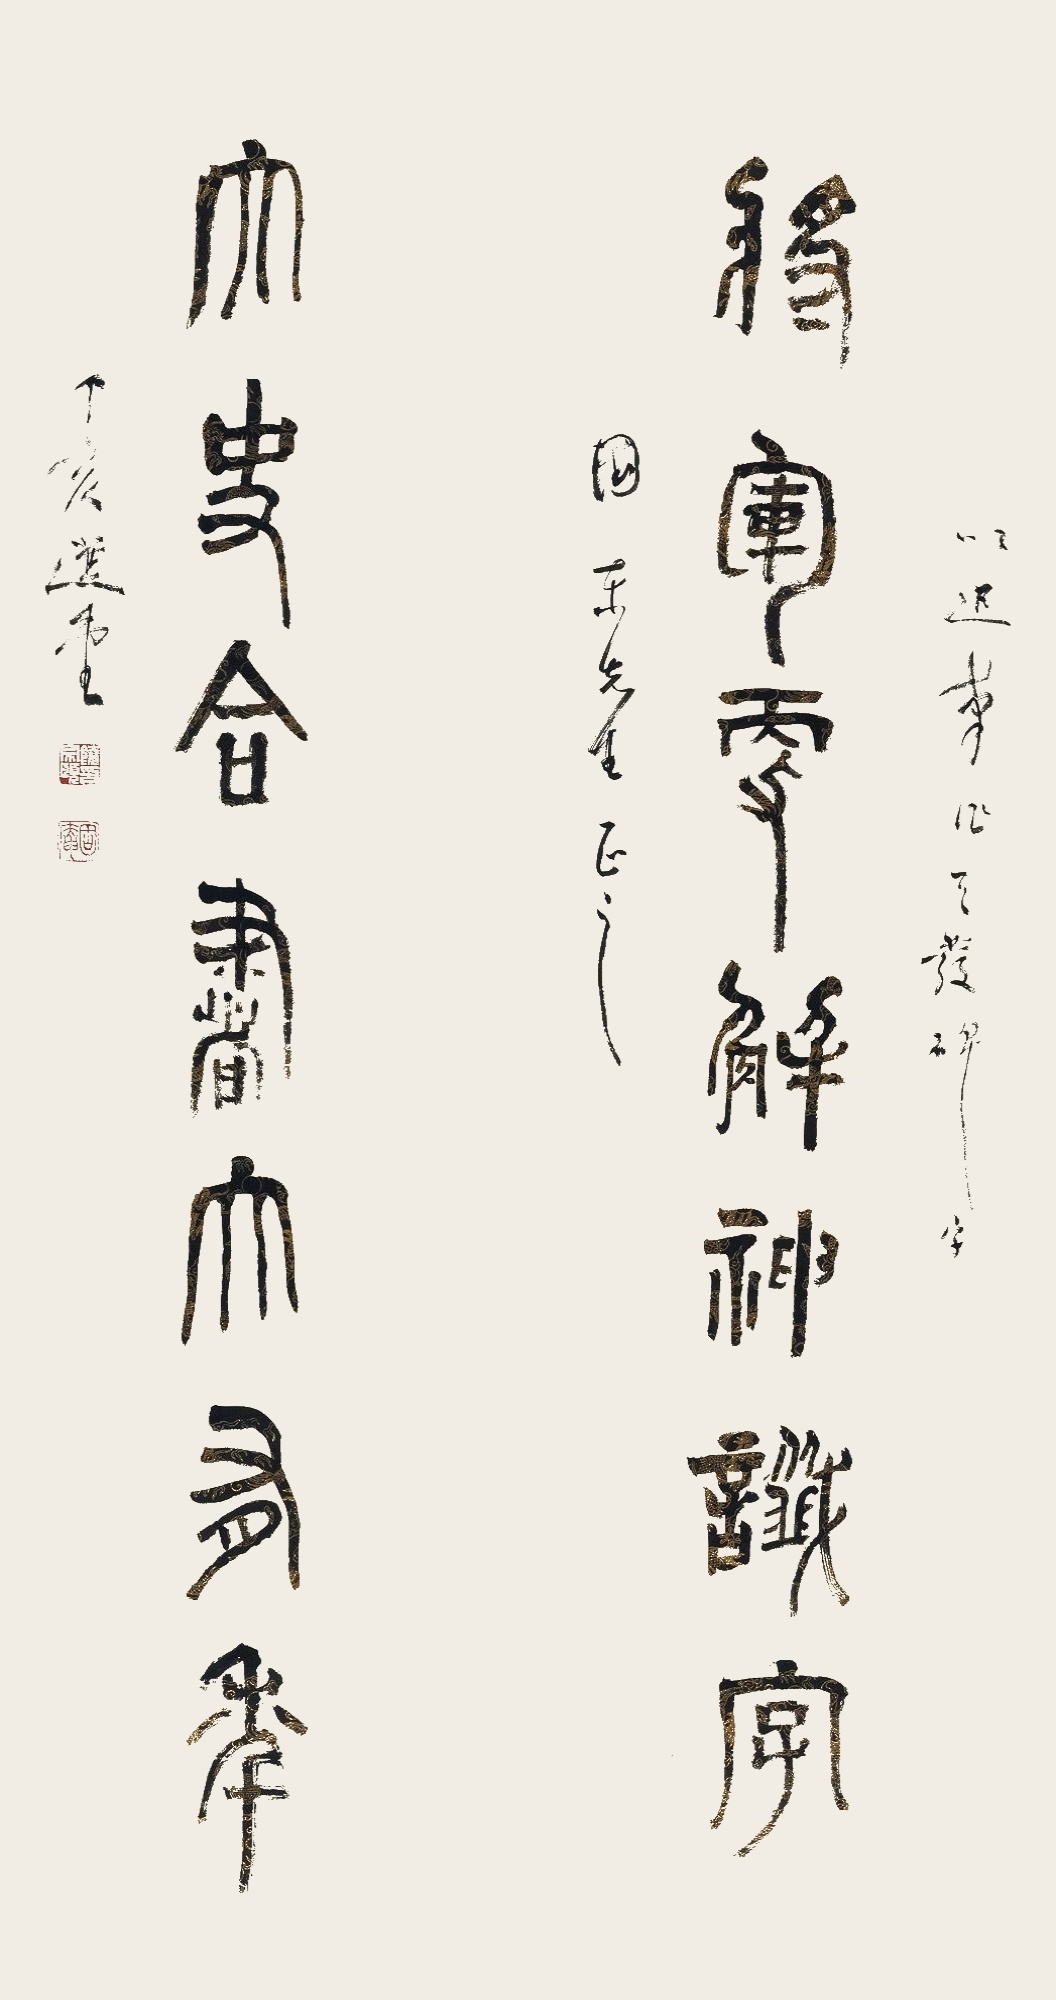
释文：将军更解神谶字，太史合书大有年。以迅笔作天发碑字，国东先生正之。丁亥选堂。